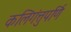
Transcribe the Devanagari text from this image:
कलिगंत्तुपर्णि